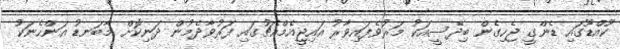
ކޫއްޑޫގައި ޑެންގީ ޖެހިގެން ބިދޭސީއަކު މަރުވެފައިވާރު އައިޖީއެމްއެޗުގައި ފަރުވާދެމުން ދަނިކޮށް މާބަނޑު އަންހެނަކު